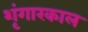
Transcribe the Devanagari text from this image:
शृंगारकाल